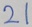
2 1